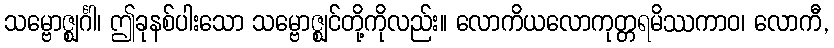
သမ္ဗောဇ္ဈင်္ဂါ၊ ဤခုနစ်ပါးသော သမ္ဗောဇ္ဈင်တို့ကိုလည်း။ လောကိယလောကုတ္တရမိဿကာဝ၊ လောကီ,